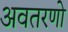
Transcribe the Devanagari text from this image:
अवतरणो